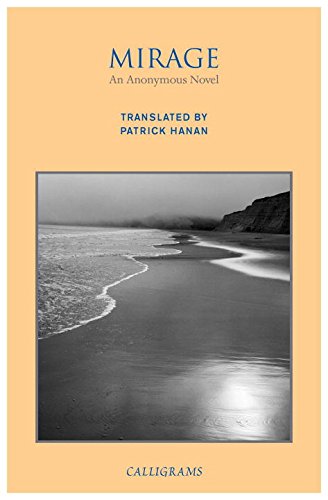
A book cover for Mirage; Anonymous; Romance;